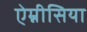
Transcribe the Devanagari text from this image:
ऐम्नीसिया